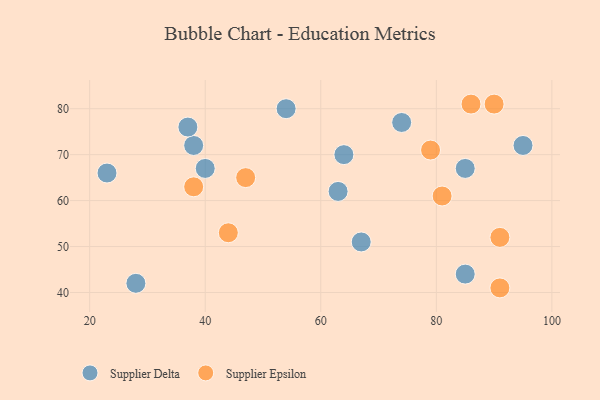
{"axis": {"x": "GDP", "y": "Life Expectancy"}, "legend": ["Supplier Delta", "Supplier Epsilon"], "data": [{"x": "63", "y": 62, "type": "Supplier Delta"}, {"x": "54", "y": 80, "type": "Supplier Delta"}, {"x": "67", "y": 51, "type": "Supplier Delta"}, {"x": "85", "y": 44, "type": "Supplier Delta"}, {"x": "40", "y": 67, "type": "Supplier Delta"}, {"x": "38", "y": 72, "type": "Supplier Delta"}, {"x": "23", "y": 66, "type": "Supplier Delta"}, {"x": "74", "y": 77, "type": "Supplier Delta"}, {"x": "85", "y": 67, "type": "Supplier Delta"}, {"x": "95", "y": 72, "type": "Supplier Delta"}, {"x": "37", "y": 76, "type": "Supplier Delta"}, {"x": "28", "y": 42, "type": "Supplier Delta"}, {"x": "64", "y": 70, "type": "Supplier Delta"}, {"x": "38", "y": 63, "type": "Supplier Epsilon"}, {"x": "86", "y": 81, "type": "Supplier Epsilon"}, {"x": "47", "y": 65, "type": "Supplier Epsilon"}, {"x": "79", "y": 71, "type": "Supplier Epsilon"}, {"x": "91", "y": 52, "type": "Supplier Epsilon"}, {"x": "81", "y": 61, "type": "Supplier Epsilon"}, {"x": "90", "y": 81, "type": "Supplier Epsilon"}, {"x": "91", "y": 41, "type": "Supplier Epsilon"}, {"x": "44", "y": 53, "type": "Supplier Epsilon"}]}